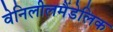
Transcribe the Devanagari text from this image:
वेनिलीलमैंडेलिक